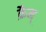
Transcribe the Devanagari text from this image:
क्रैम्